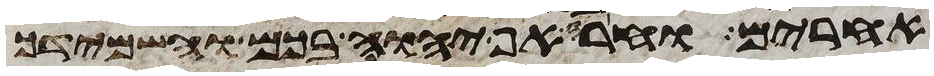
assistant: אחרים וחרה אף יהוה בכם והשמידך